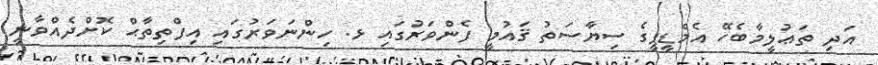
އަދި ތަޢުލީމާބެހޭ އެމްޑީޕީގެ ސިޔާސަތު ޤައުމީ ފެންވަރުގައި ޅ. ހިންނަވަރުގައި އިފްތިތާޙް ކޮށްދެއްވާނީ